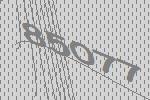
85077